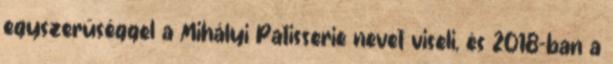
egyszerűséggel a Mihályi Patisserie nevet viseli, és 2018-ban a